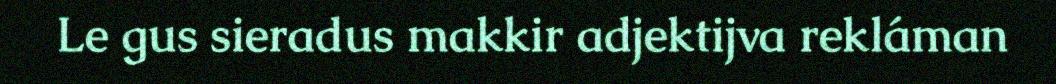
Le gus sieradus makkir adjektijva rekláman